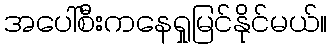
အပေါ်စီးကနေရှုမြင်နိုင်မယ်။